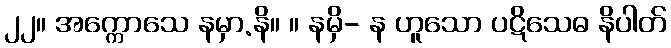
၂၂။ အက္ကောသေ နမှာ.နိ။ ။ နမှိ- န ဟူသော ပဋိသေဓ နိပါတ်